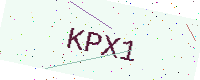
Text: KPX1